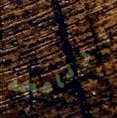
برنامجه